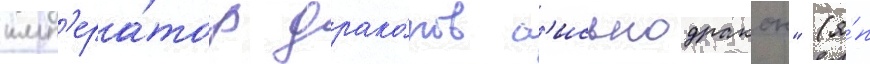
имп'ера́тор драко́нов с'иськодракон" (я́п